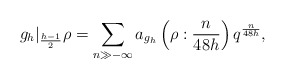
\begin{align*} g_{h}|_{\frac{h-1}{2}}\rho=\sum_{n\gg -\infty} a_{g_h}\left(\rho: \frac{n}{48h}\right)q^{\frac{n}{48h}}, \end{align*}